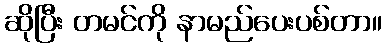
ဆိုပြီး တမင်ကို နာမည်ပေးပစ်တာ။